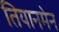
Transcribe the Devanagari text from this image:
तियानमेन